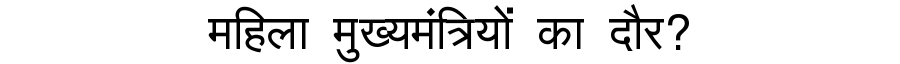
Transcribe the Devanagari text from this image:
महिला मुख्यमंत्रियों का दौर?